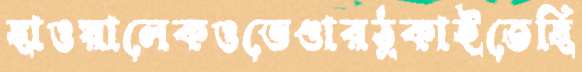
ছাওয়ালেকওভেণ্ডারঠুকাইতেছি